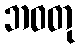
ဘဝတု